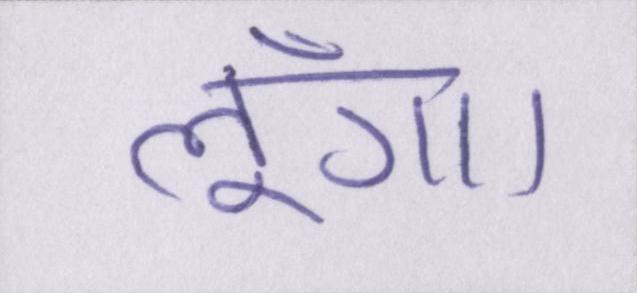
लूँगा।